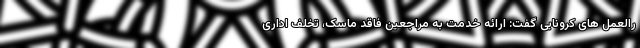
رالعمل های کرونایی گفت: ارائه خدمت به مراجعین فاقد ماسک، تخلف اداری